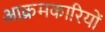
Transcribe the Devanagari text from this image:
आक्रमकारियों